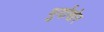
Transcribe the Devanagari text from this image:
मुर्दाखेर